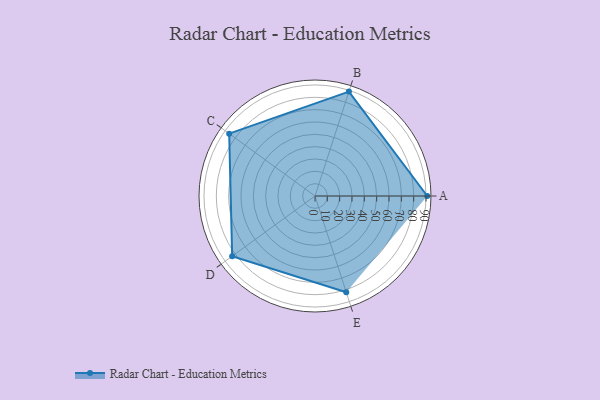
{"axis": {"x": "Skill", "y": "Score"}, "legend": ["Profile"], "data": [{"x": "A", "y": 91.0, "type": "Profile"}, {"x": "B", "y": 89.0, "type": "Profile"}, {"x": "C", "y": 86.0, "type": "Profile"}, {"x": "D", "y": 83.0, "type": "Profile"}, {"x": "E", "y": 82.0, "type": "Profile"}]}